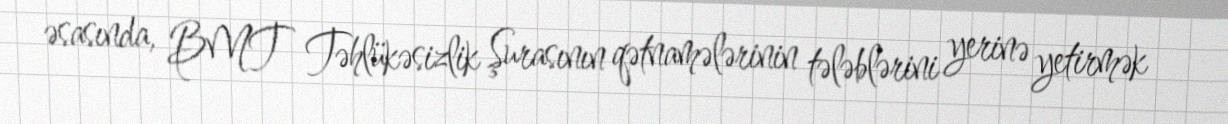
əsasında, BMT Təhlükəsizlik Şurasının qətnamələrinin tələblərini yerinə yetirmək